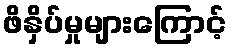
ဖိနှိပ်မှုများကြောင့်